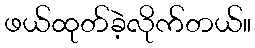
ဖယ်ထုတ်ခဲ့လိုက်တယ်။